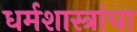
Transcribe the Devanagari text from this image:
धर्मशास्त्रांचा